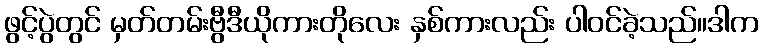
ဖွင့်ပွဲတွင် မှတ်တမ်းဗွီဒီယိုကားတိုလေး နှစ်ကားလည်း ပါဝင်ခဲ့သည်။ဒါက